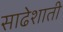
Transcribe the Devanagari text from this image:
साढेशाती